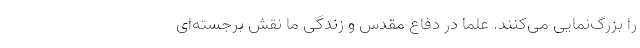
را بزرگ‌نمایی می‌کنند. علما در دفاع مقدس و زندگی ما نقش برجسته‌ای